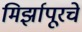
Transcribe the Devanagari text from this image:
मिर्झापूरचे